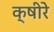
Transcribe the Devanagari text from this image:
क्षीरे